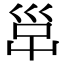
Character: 𡿹